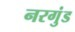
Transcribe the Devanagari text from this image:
नरगुंड